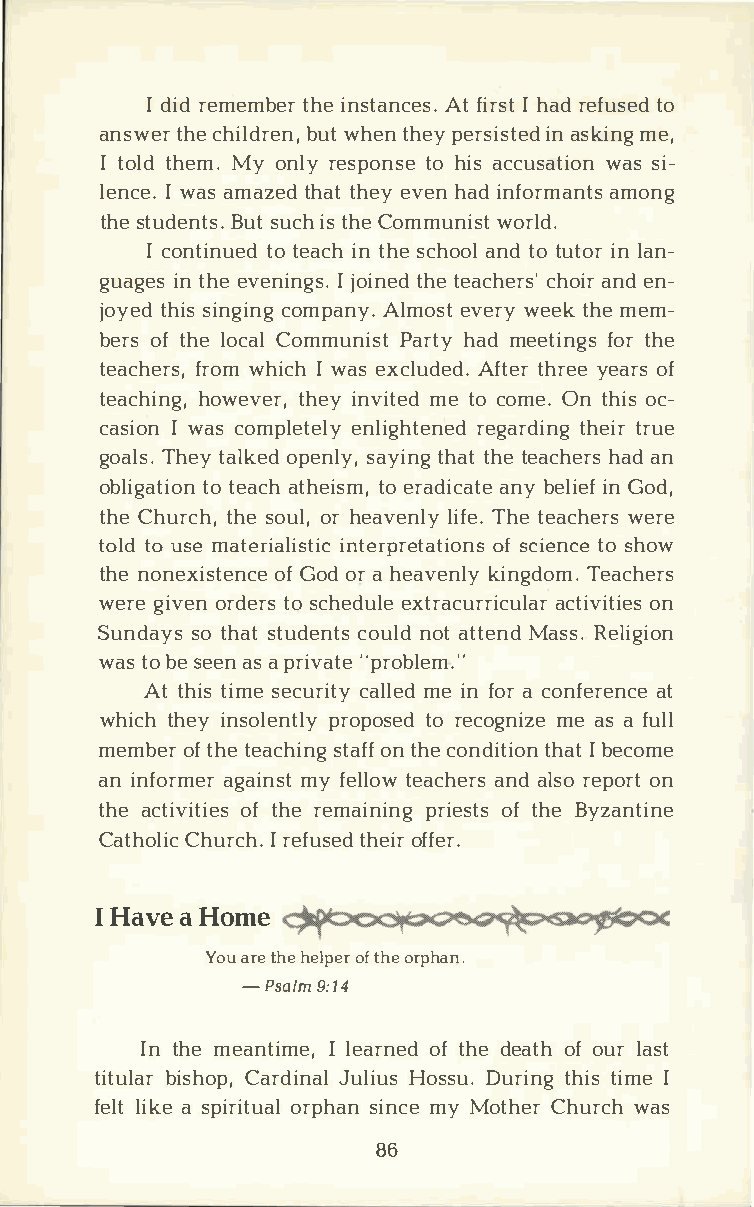
Id irde memtbheiern staAntfc ierIshs .at rd e futsoe d
 answtehcreh ildbruwethn e,tn h ey peirnas siksimtneeg,d
 It oltdh eMmy.o nlrye spotnohs ieas c cuswaatssi io­n
 lenIcw ea.as m aztehdta hte y heaviden nf orammaonntgs
 thset udeBnusttus ci.ht s h e Comwmournlids.t
 Ic ontitnotu eeadic nth h sec haonotdlo t utionlr a n­
 guagients he ev eniIn gjsot.ih nteee da chcehroasin'red n ­
 joytehdsi isn gcionmgp aAnlym.oe svte wreye tkh mee m­
 berosft hleo cCaolm munPiasrtht aymd e etifnotgrhs e
 teachferrowsmh, i Icw ha esx cluAdfetdte.hr r yeeea orfs
 teachhionwge,vt ehrei,yn vimteet doc omOen.t hoics­
 casiIwo ansc ompleetnelliyg hrteegnaertddh ietnirgru e
 goaTlhse.ty a lokpeedn slayy,it nhgta htte e achhaeadrn s
 obligtaott eiaoacnth h etiose mr,a diacnabyte eli inGe ofd ,
 thCeh urtchhse,o uolrh, e avelnilTfyhe te.e acwheerres
 totlodu smea teriianltiesrtpircoe fst caiteitnooscn heso w
 thneo nexiosftG eonodcr ahe eaveknilnyg dToema.c hers
 wergei voernd teorss c hedeuxlter acuarcrtiicvouinlt aire s
 Sundsaoyt sh astt udceonutnlsod at t teMnadsR se.l igion
 watsob es eeansap riv"aptreo blem."
 Att htiism see cucrailtmlyee i dnf oarc onfearte nce
 whitchhe iyn solpernotplotyso re edc ogmneia zsae f ull
 memboeftr h tee acshtiaonfngtf hc eo nditthiIabo ten c ome
 ani nforamgearim nysf te ltleoawc ahneadrl srs eop oonr t
 thaec tivoiftt hireee sm aipnriinegos ftt hsBe y zantine
 CathCohluircIcr he.f utsheeodif rf er.
 IH avaeH ome
 Youa rteh hee lpoeftr h oer phan.
 -Psal9m: 14
 Int hmee antiIlm eea,r onfte hdde e aotfho ulra st
 titubliasrhC oapr,d iJnualliH uoss sDuu.r itnhgti ism Ie
 fellitak s ep iroirtpuhasalin n mcyeM othCehru rwcahs
 86